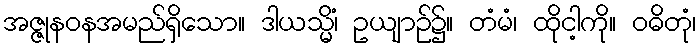
အဇ္ဇုနဝနအမည်ရှိသော။ ဒါယသ္မိံ၊ ဥယျာဉ်၌။ တံမံ၊ ထိုငါ့ကို။ ဝဓိတုံ၊